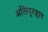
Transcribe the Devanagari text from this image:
अलिपुरद्वार